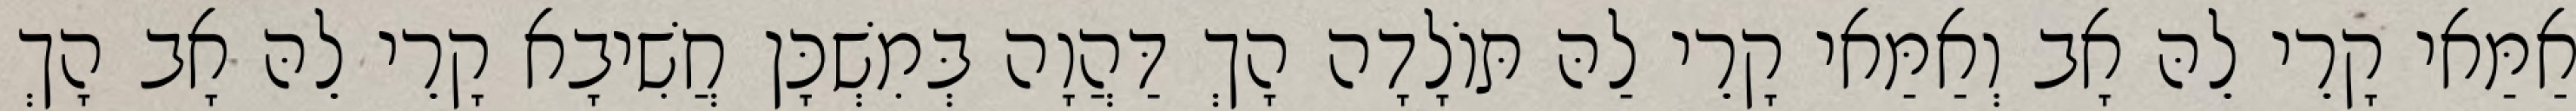
אַמַּאי קָרֵי לֵהּ אָב וְאַמַּאי קָרֵי לַהּ תּוֹלָדָה הָךְ דַּהֲוָה בְּמִשְׁכָּן חֲשִׁיבָא קָרֵי לֵהּ אָב הָךְ